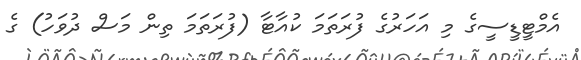
އެމްޓީޑީސީގެ މި އަހަރުގެ ފުރަތަމަ ކުއާޓާ (ފުރަތަމަ ތިން މަސް ދުވަހު) ގެ